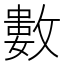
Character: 𢿙